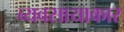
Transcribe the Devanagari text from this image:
व्यवसायाकार